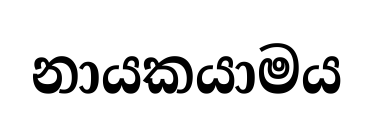
නායකයාමය